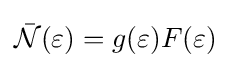
{\bar {\mathcal {N}}}(\varepsilon )=g(\varepsilon )F(\varepsilon )